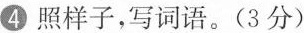
④照样子，写词语。(3分)